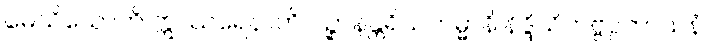
မေဃိယောတိ ဣဿရေနာတိ ပဉ္စာနန္တရိယကမ္မာနိ နိဒ္ဒိသိတဗ္ဗပ္ပကာသနံ